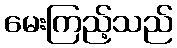
မေးကြည့်သည်